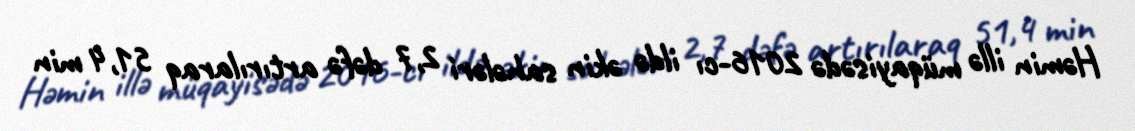
Həmin illə müqayisədə 2016-cı ildə əkin sahələri 2,7 dəfə artırılaraq 51,4 min